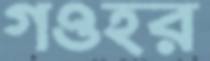
গওহর